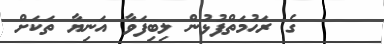
ގެ ރަޙުމަތްފުޅުން ލިބިފަވާ އަނިޔާ ތަކަށް